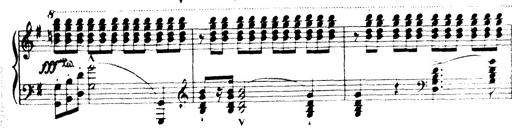
Title: Wagner-Liszt Album
Composer: Franz Liszt